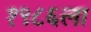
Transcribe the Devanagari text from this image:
१९८६ला